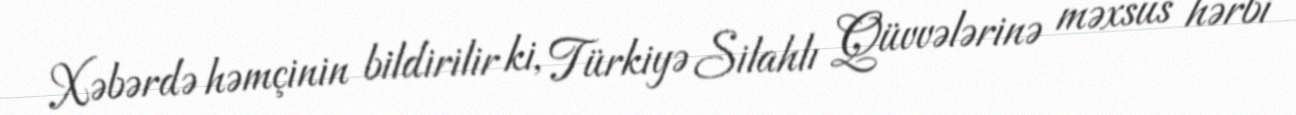
Xəbərdə həmçinin bildirilir ki, Türkiyə Silahlı Qüvvələrinə məxsus hərbi